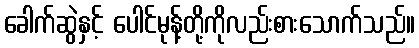
ခေါက်ဆွဲနှင့် ပေါင်မုန့်တို့ကိုလည်းစားသောက်သည်။